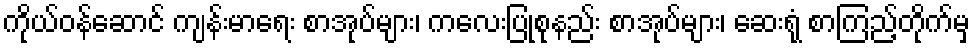
ကိုယ်ဝန်ဆောင် ကျန်းမာရေး စာအုပ်များ၊ ကလေးပြုစုနည်း စာအုပ်များ၊ ဆေးရုံ စာကြည့်တိုက်မှ